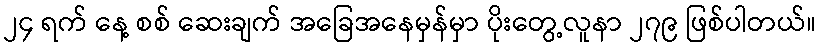
၂၄ ရက် နေ့ စစ် ဆေးချက် အခြေအနေမှန်မှာ ပိုးတွေ့လူနာ ၂၇၉ ဖြစ်ပါတယ်။